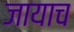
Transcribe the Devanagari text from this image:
जायाच